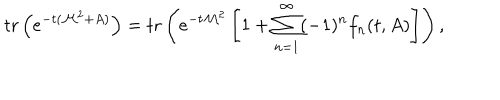
\mathrm { t r } \left( e ^ { - t ( { \cal M } ^ { 2 } + A ) } \right) = \mathrm { t r } \left( e ^ { - t { \cal M } ^ { 2 } } \left[ 1 + \sum _ { n = 1 } ^ { \infty } ( - 1 ) ^ { n } f _ { n } ( t , A ) \right] \right) ,